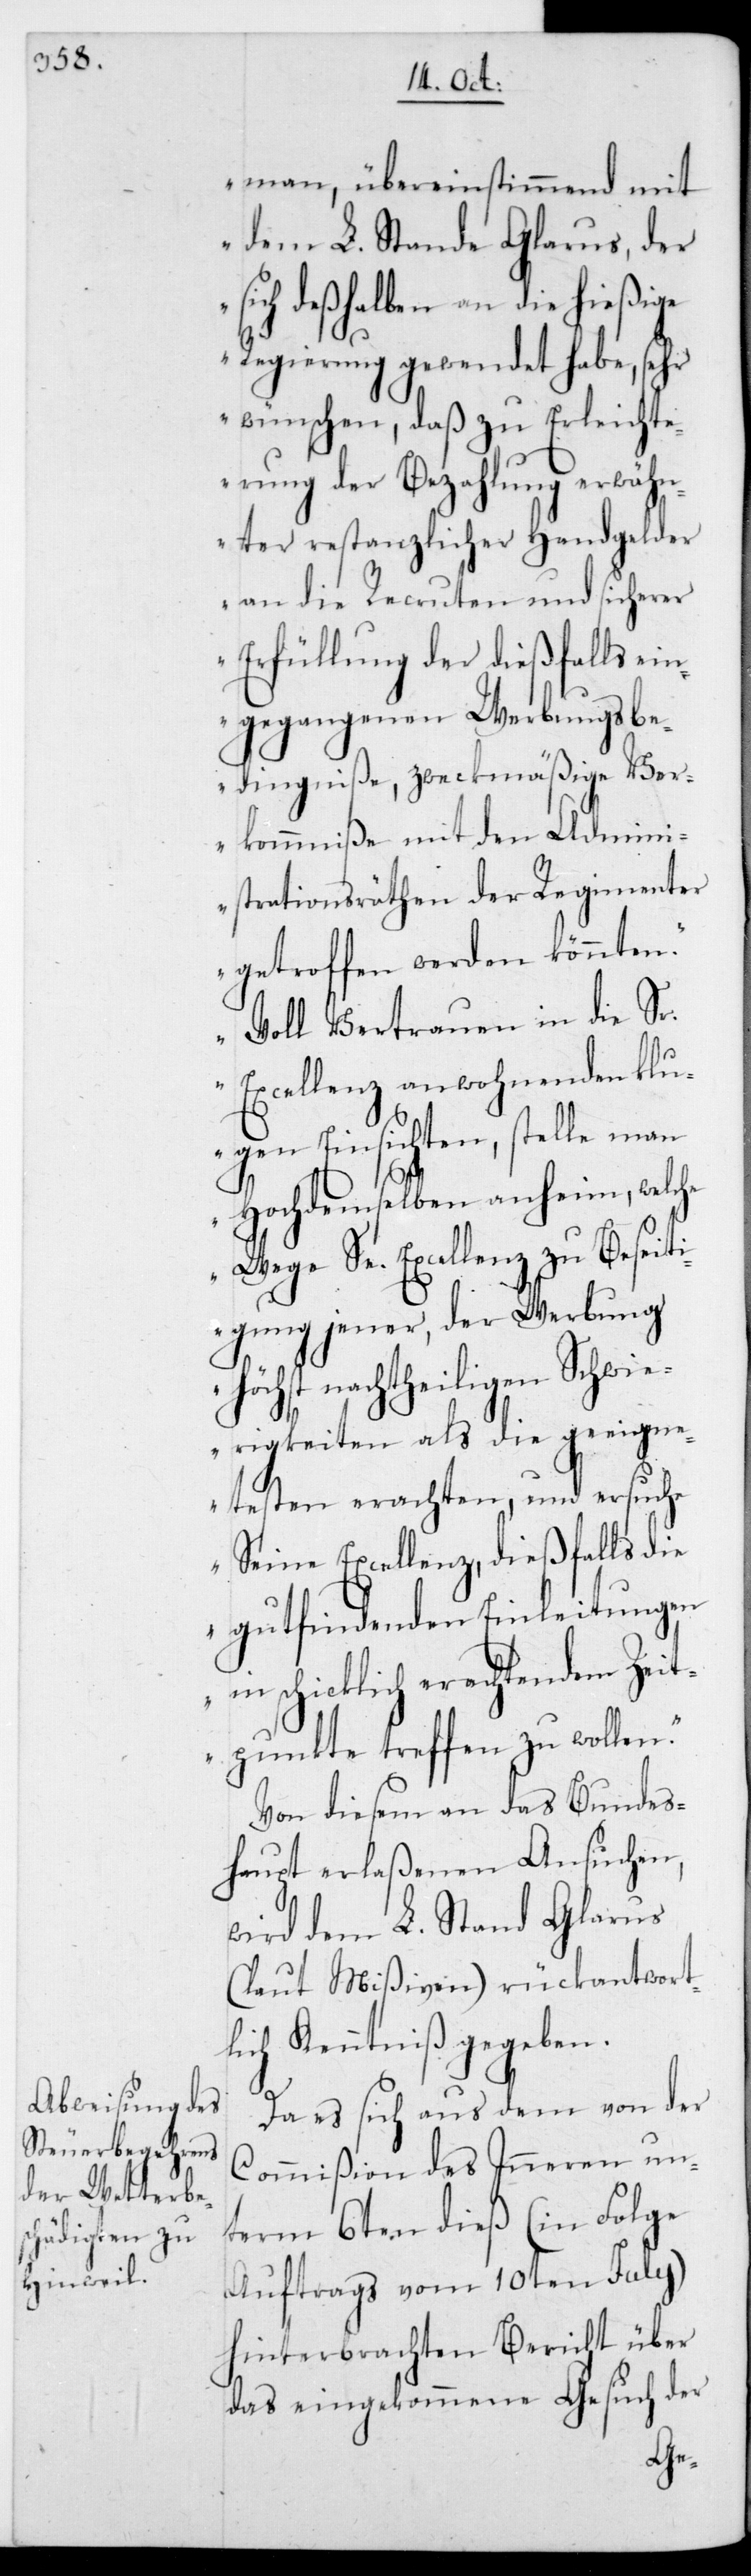
man, übereinstimmend mit
dem L. Stand Glarus, der
sich deßhalben an die hießige
Regierung gewendet habe, sehr
wünschen, daß zu Erleichte¬
rung der Bezahlung erwähn¬
ter restanzlicher Handgelder
an die Recruten und sicherer
Erfüllung der dießfalls ein¬
gegangenen Werbungsbe¬
dingniße, zweckmäßige Ver¬
kommniße mit den Admini¬
strationsräthen der Regimenter
getroffen werden könnten.
Voll Vertrauen in die Sr.
Excellenz anwohnenden klu¬
gen Einsichten, stelle man
Hochdemselben anheim, welche
Wege Se. Excellenz zu Beseit¬
igung jener, der Werbung
höchst nachtheiligen Schwi¬
erigkeiten als die geeigne¬
testen erachten, und ersuche
Seine Excellenz, dießfalls die
gutfindenden Einleitungen
in schicklich erachtendem Zeit¬
punkte treffen zu wollen.“
Von diesem an das Bundes¬
haupt erlaßenen Ansuchen,
wird dem L. Stand Glarus
(laut Mißiven) rückantwort¬
lich Kenntniß gegeben.
Da es sich aus dem von der
Commißion des Inneren un¬
term 6ten dieß (in Folge
Auftrags vom 10ten Julii)
hinterbrachten Bericht über
das eingekommene Gesuch der